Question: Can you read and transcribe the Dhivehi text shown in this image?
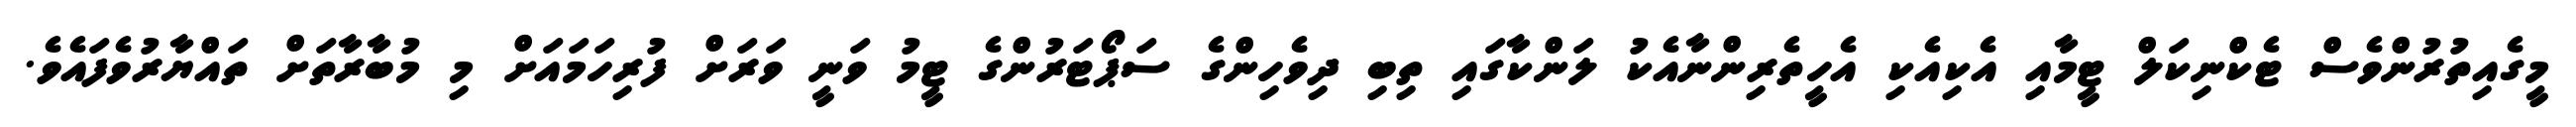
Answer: މީގެއިތުރުންވެސް ޓެކްނިކަލް ޓީމާއި އެކިއެކި އެހީތެރިންނާއެކު ލަންކާގައި ތިބި ދިވެހިންގެ ސަޕޯޓަރުންގެ ޓީމު ވަނީ ވަރަށް ފުރިހަމައަށް މި މުބާރާތަށް ތައްޔާރުވެފައެވެ.